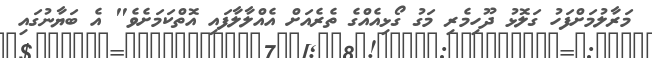
މަރާލުމަށްފަހު ގަލޮޅު ދޫހިމެރި މަގު ގޯޅިއެއްގެ ތެރެއަށް އެއްލާލާފައި އޮތްކަމަށެވެ" އެ ބަޔާނުގައި